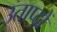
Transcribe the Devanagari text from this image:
उताप्दों